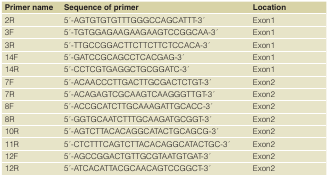
<table><thead><tr><td><b>Primer name</b></td><td><b>Sequence of primer</b></td><td><b>Location</b></td></tr></thead><tbody><tr><td>2R</td><td>5 ́-AGTGTGTGTTTGGGCCAGCATTT-3 ́</td><td>Exon1</td></tr><tr><td>3F</td><td>5 ́-TGTGGAGAAGAAGAAGTCCGGCAA-3 ́</td><td>Exon1</td></tr><tr><td>3R</td><td>5 ́-TTGCCGGACTTCTTCTTCTCCACA-3 ́</td><td>Exon1</td></tr><tr><td>14F</td><td>5 ́-GATCCGCAGCCTCACGAG-3 ́</td><td>Exon1</td></tr><tr><td>14R</td><td>5 ́-CCTCGTGAGGCTGCGGATC-3 ́</td><td>Exon1</td></tr><tr><td>7F</td><td>5 ́-ACAACCCTTGACTTGCGACTCTGT-3 ́</td><td>Exon2</td></tr><tr><td>7R</td><td>5 ́-ACAGAGTCGCAAGTCAAGGGTTGT-3 ́</td><td>Exon2</td></tr><tr><td>8F</td><td>5 ́-ACCGCATCTTGCAAAGATTGCACC-3 ́</td><td>Exon2</td></tr><tr><td>8R</td><td>5 ́-GGTGCAATCTTTGCAAGATGCGGT-3 ́</td><td>Exon2</td></tr><tr><td>10R</td><td>5 ́-AGTCTTACACAGGCATACTGCAGCG-3 ́</td><td>Exon2</td></tr><tr><td>11R</td><td>5 ́-CTCTTTCAGTCTTACACAGGCATACTGC-3 ́</td><td>Exon2</td></tr><tr><td>12F</td><td>5 ́-AGCCGGACTGTTGCGTAATGTGAT-3 ́</td><td>Exon2</td></tr><tr><td>12R</td><td>5 ́-ATCACATTACGCAACAGTCCGGCT-3 ́</td><td>Exon2</td></tr></tbody></table>